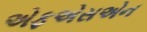
એફએસએન